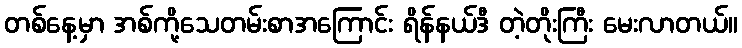
တစ်နေ့မှာ အစ်ကို့သေတမ်းစာအကြောင်း ရိန်နယ်ဒီ တဲ့တိုးကြီး မေးလာတယ်။